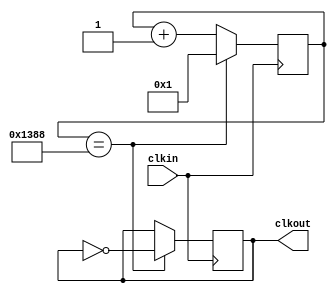
`timescale 1ns / 1ps
//////////////////////////////////////////////////////////////////////////////////
// Company: 
// Engineer: 
// 
// Design Name: 
// Module Name: clock_divider
// Project Name: 
// Target Devices: 
// Tool Versions: 
// Description: 
// 
// Dependencies: 
// 
// Revision:
// Revision 0.01 - File Created
// Additional Comments:
// 
//////////////////////////////////////////////////////////////////////////////////


module clock_divider(
    input clkin,
    output clkout
    );
    parameter
      ratio = 5000;
    reg [31:0] counter = 1;
    reg temp_clk = 0;
    always @ (posedge(clkin))
    begin
        if (counter == ratio)
        begin
            counter <= 1;
            temp_clk <= ~temp_clk;
        end
        else
            counter <= counter+1;
    end
    assign clkout = temp_clk;
endmodule